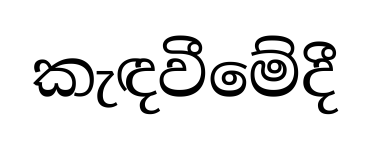
කැඳවීමේදී